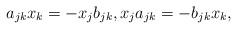
LaTeX: \begin{align*}a_{jk} x_k = - x_j b_{jk}, x_j a_{jk} = - b_{jk} x_k,\end{align*}